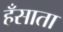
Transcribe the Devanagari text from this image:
हँसाता